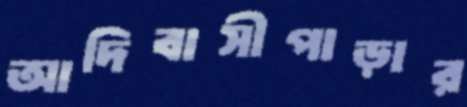
আদিবাসীপাড়ার